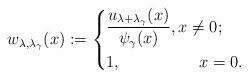
LaTeX: \begin{align*}w_{\lambda, \lambda_\gamma}(x):=\left\lbrace\begin{aligned}&\frac{u_{\lambda+\lambda_\gamma}(x)}{\psi_\gamma(x)},x\neq 0; \\&1,\qquad\qquad\;\;\, x=0.\end{aligned}\right.\end{align*}